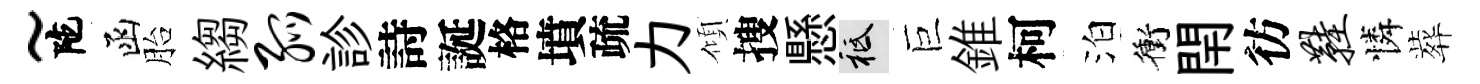
~陀函胎縐弧診詩誕格墳疏力傾搜懸祇巨錐柯泊衝閈彷鞋憐葬